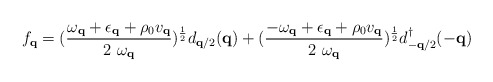
\begin{align*}f_{ {\bf{q}} } = (\frac{ \omega_{ {\bf{q}} } + \epsilon_{ {\bf{q}} } + \rho_{0}v_{ {\bf{q}} } }{ 2 \mbox{ }\omega_{ {\bf{q}} } })^{\frac{1}{2}}d_{ {\bf{q}}/2 }({\bf{q}}) + (\frac{ -\omega_{ {\bf{q}} } + \epsilon_{ {\bf{q}} } + \rho_{0}v_{ {\bf{q}} } }{ 2 \mbox{ }\omega_{ {\bf{q}} } })^{\frac{1}{2}}d^{\dagger}_{ -{\bf{q}}/2 }(-{\bf{q}})\end{align*}